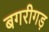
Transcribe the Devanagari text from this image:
बगरीगड़